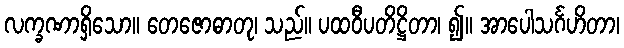
လက္ခဏာရှိသော။ တေဇောဓာတု၊ သည်။ ပထဝီပတိဋ္ဌိတာ၊ ၍။ အာပေါသင်္ဂဟိတာ၊